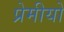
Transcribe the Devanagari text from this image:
प्रेमीयो